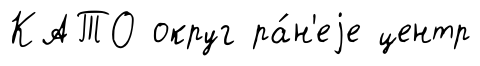
КАТО округ ра́н'еjе центр